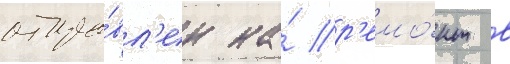
отпра́вл'ен на́ р'емо́нт в